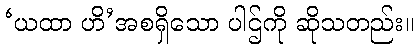
‘ယထာ ဟိ’အစရှိသော ပါဌ်ကို ဆိုသတည်း။